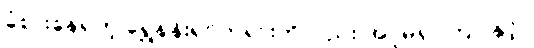
ခံစားနေရတဲ့ ရွှေနန်းရှင်ဘုရားကိုလည်း အပူမရှာကြပါနှင့်။